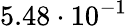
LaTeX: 5.48\cdot 10^{-1}